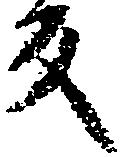
反